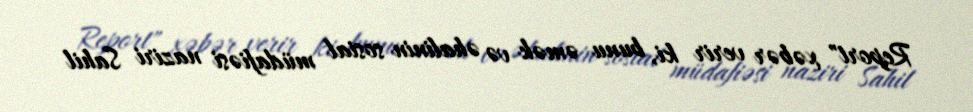
Report" xəbər verir ki, bunu əmək və əhalinin sosial müdafiəsi naziri Sahil